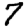
Digit: 7